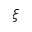
\xi